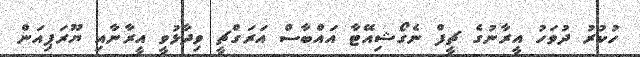
ހުކުރު ދުވަހު އީރާނުގެ ޗީފް ނެގޯޝިއޭޓާ އައްބާސް އަރަގްޗީ ވިދާޅުވީ އީރާނާއި ޔޫރަޕިއަން